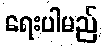
ရေးပါမည်